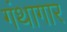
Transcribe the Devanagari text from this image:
गंथागार